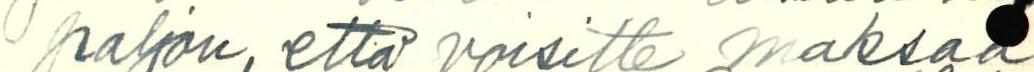
paljon, että voisitte maksaa